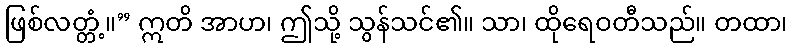
ဖြစ်လတ္တံ့။” ဣတိ အာဟ၊ ဤသို့ သွန်သင်၏။ သာ၊ ထိုရေဝတီသည်။ တထာ၊